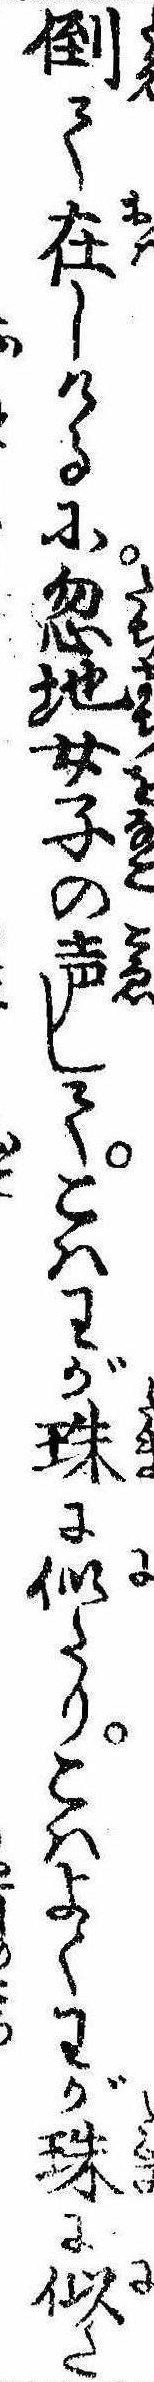
倒て在しけるに忽地女子の声してこはわが珠に似たりこはよくわが珠に似た